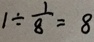
1 \div \frac { 1 } { 8 } = 8